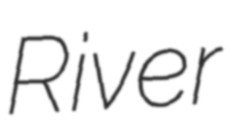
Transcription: River